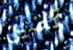
تمضين